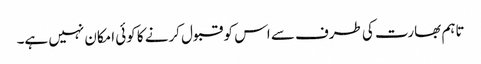
تاہم بھارت کی طرف سے اس کو قبول کرنے کا کوئی امکان نہیں ہے۔